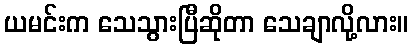
ယမင်းက သေသွားပြီဆိုတာ သေချာလို့လား။